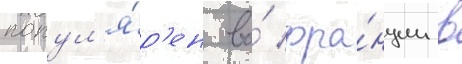
попул'я́р'ен во́ фра́нции в